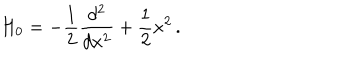
LaTeX: H _ { 0 } = - \frac { 1 } { 2 } \frac { d ^ { 2 } } { d x ^ { 2 } } + \frac { 1 } { 2 } x ^ { 2 } \, .